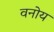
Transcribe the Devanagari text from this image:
वनोय